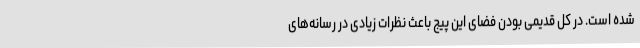
شده است. در کل قدیمی بودن فضای این پیج باعث نظرات زیادی در رسانه‌های